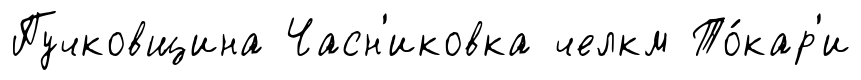
Пучковщина Часн'иковка челкм То́кар'и